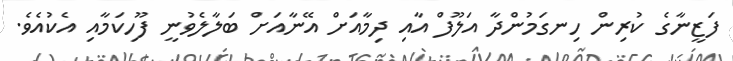
ފަޒީނާގެ ކުރިން ހިނގަމުންދާ އަލޫފް އާއި ދިމާއަށް އޭނާއަށް ބަލާލެވުނީ ފޫހިކަމާއި އެކުއެވެ.